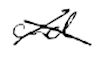
Text: and
Cross-out: cross
Writing tool: digital_black